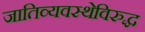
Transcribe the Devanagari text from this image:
जातिव्यवस्थेविरुद्ध